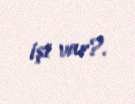
işi var?.